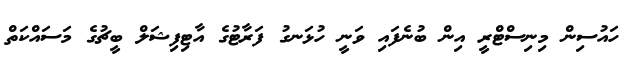
ހައުސިން މިނިސްޓްރީ އިން ބުނެފައި ވަނީ ހުޅަނގު ފަރާޓުގެ އާޓިފިޝަލް ބީޗުގެ މަސައްކަތް